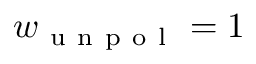
w _ { \mathrm { ~ u ~ n ~ p ~ o ~ l ~ } } = 1